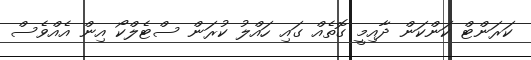
ކަރަންޓް ކަންކަން ދާއިމީ ގޮތެއް ގައި ހައްލު ކުރަން ސްޓެލްކޯ އިން އެއްވެސް